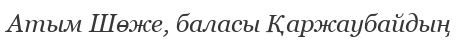
Атым Шөже, баласы Қаржаубайдың